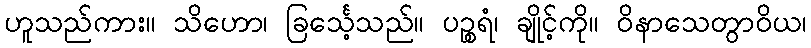
ဟူသည်ကား။ သိဟော၊ ခြင်္သေ့သည်။ ပဉ္စရံ၊ ချိုင့်ကို။ ဝိနာသေတွာဝိယ၊